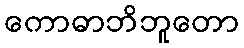
ကောဓာဘိဘူတော